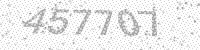
Solution: 457707